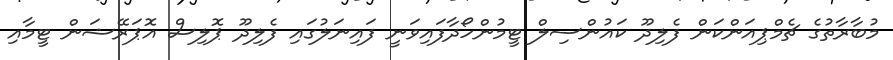
މުބާރާތުގެ ޗެމްޕިއަންކަން ފެލިދޫ ކައުންސިލް ޓީމުންހޯދާފައިވަނީ ފައިނަލުގައި ފެލިދޫ ޕޮލިސް އޮޕަރޭޝަން ޓީމާއި